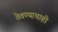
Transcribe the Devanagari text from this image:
ठेवण्याचाही